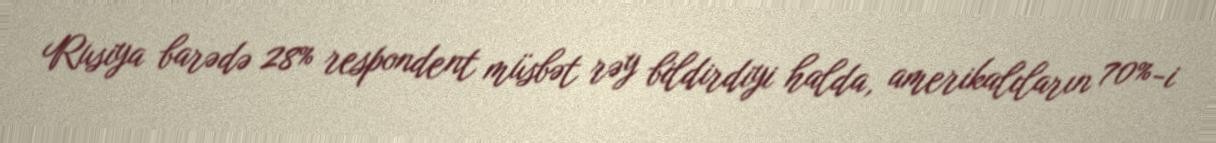
Rusiya barədə 28% respondent müsbət rəy bildirdiyi halda, amerikalıların 70%-i